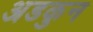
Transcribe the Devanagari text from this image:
अडकुन